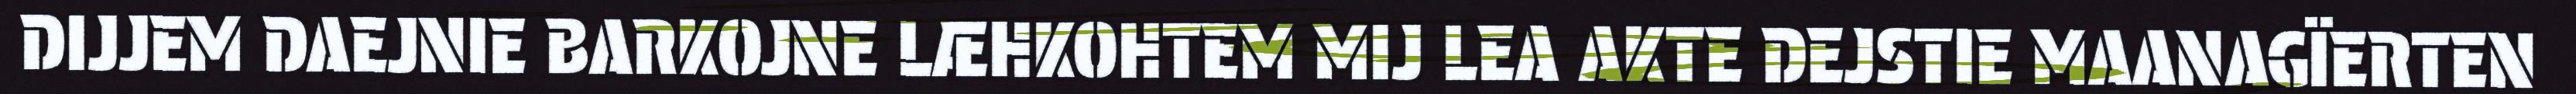
DIJJEM DAEJNIE BARKOJNE LÆHKOHTEM MIJ LEA AKTE DEJSTIE MAANAGÏERTEN